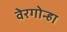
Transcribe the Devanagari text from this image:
वेरगोन्हा